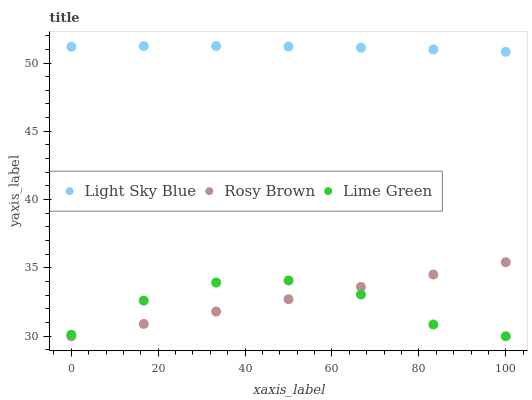
| xaxis_label | Light Sky Blue | Rosy Brown | Lime Green |
 | --- | --- | --- | --- |
 | 0 | 51.2 | 30 | 30.1 |
 | 16.7 | 51.2 | 30.9 | 32.6 |
 | 33.3 | 51.2 | 31.8 | 33.9 |
 | 50 | 51.2 | 32.7 | 34.1 |
 | 66.7 | 51.1 | 33.6 | 33.1 |
 | 83.3 | 51 | 34.5 | 30.9 |
 | 100 | 50.8 | 35.4 | 30 |